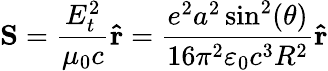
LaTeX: \mathbf{S}={\frac{E_{t}^{2}}{\mu_{0}c}}\mathbf{\hat{r}}={\frac{e^{2}a^{2}\sin^{2}(\theta)}{16\pi^{2}\varepsilon_{0}c^{3}R^{2}}}\mathbf{\hat{r}}